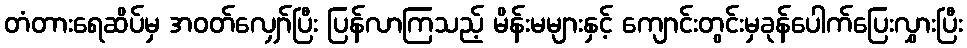
တံတားရေဆိပ်မှ အဝတ်လျှော်ပြီး ပြန်လာကြသည့် မိန်းမများနှင့် ကျောင်းတွင်းမှခုန်ပေါက်ပြေးလွှားပြီး